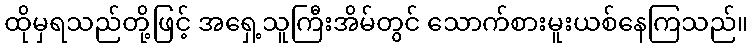
ထိုမှရသည်တို့ဖြင့် အရှေ့သူကြီးအိမ်တွင် သောက်စားမူးယစ်နေကြသည်။